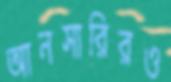
আনসারিরও